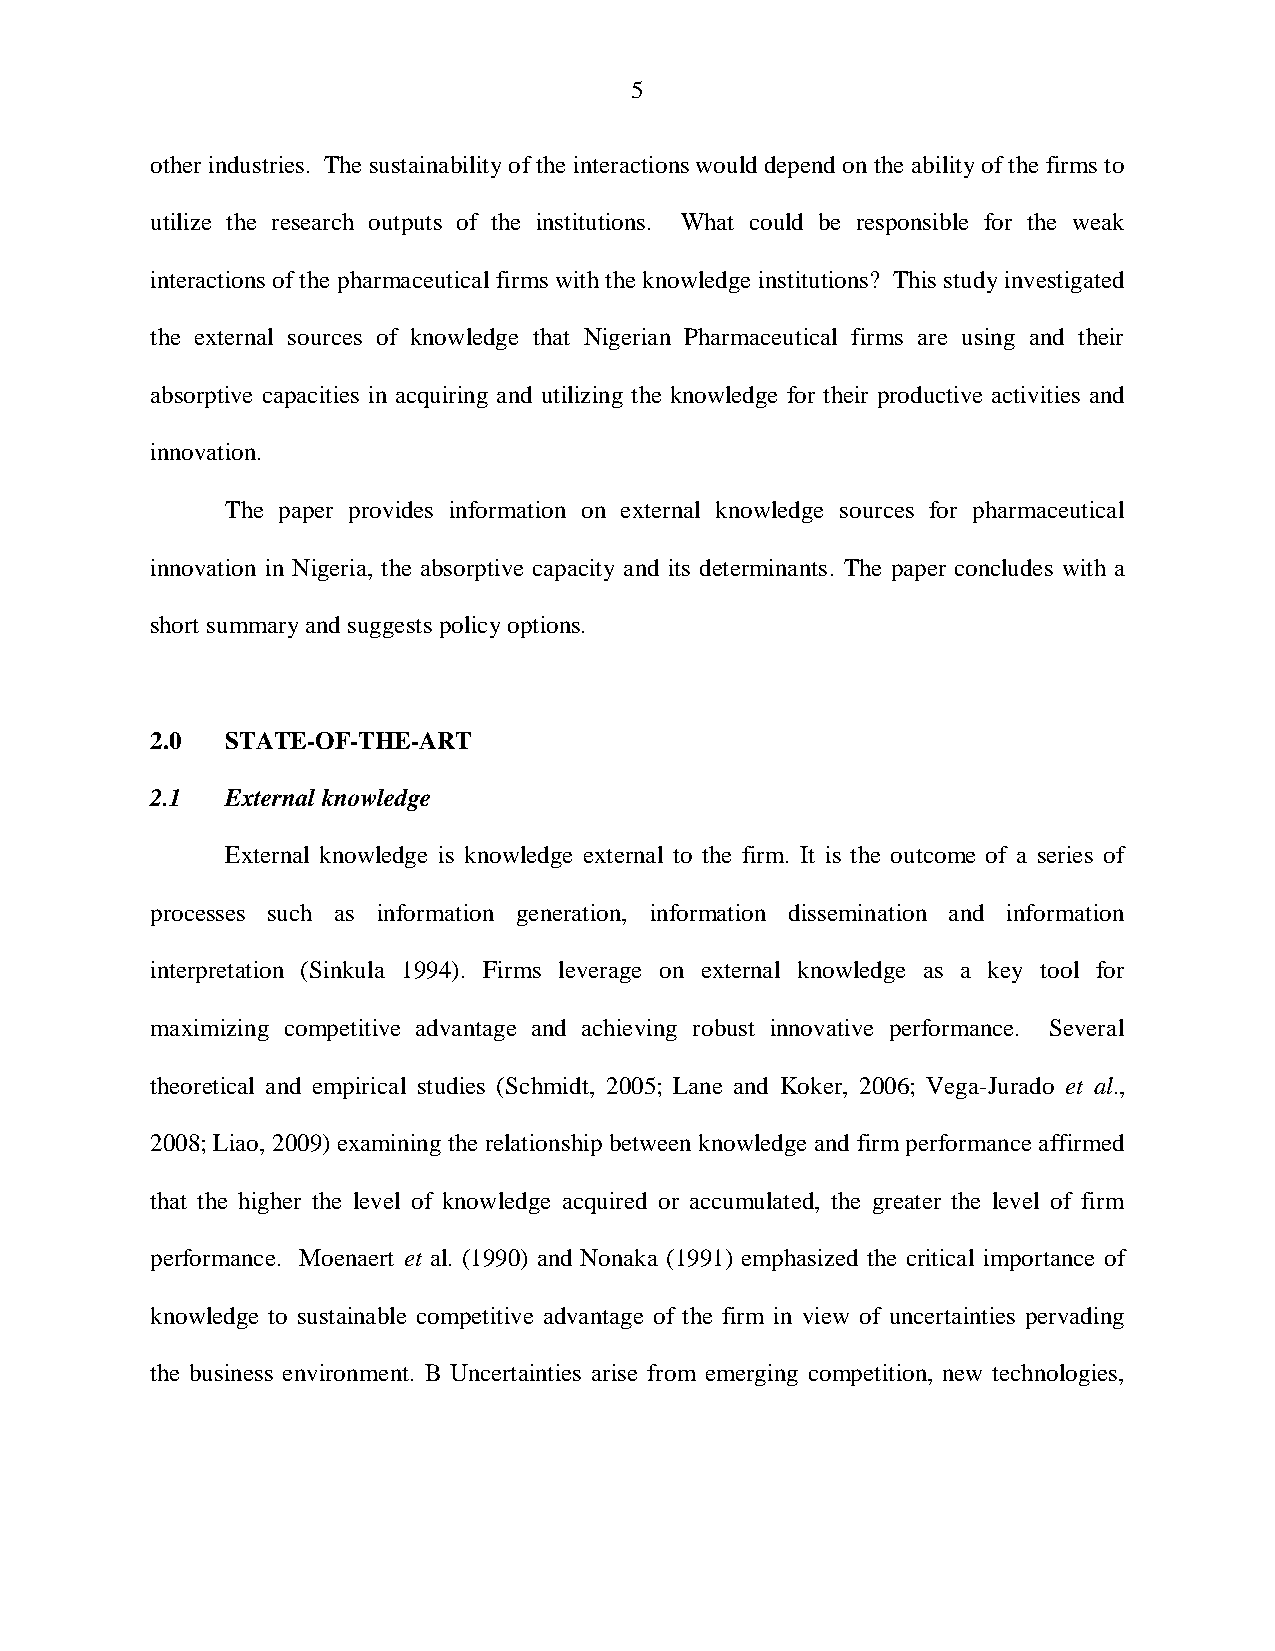
5
 other industries. The sustainability of the interactions would depend on the ability of the firms to
 utilize the research outputs of the institutions. What could be responsible for the weak
 interactions of the pharmaceutical firms with the knowledge institutions? This study investigated
 the external sources of knowledge that Nigerian Pharmaceutical firms are using and their
 absorptive capacities in acquiring and utilizing the knowledge for their productive activities and
 innovation.
 The paper provides information on external knowledge sources for pharmaceutical
 innovation in Nigeria, the absorptive capacity and its determinants. The paper concludes with a
 short summary and suggests policy options.
 2.0  STATE-OF-THE-ART
 2.1  External knowledge
 External knowledge is knowledge external to the firm. It is the outcome of a series of
 processes such as information generation, information dissemination and information
 interpretation (Sinkula 1994). Firms leverage on external knowledge as a key tool for
 maximizing competitive advantage and achieving robust innovative performance. Several
 theoretical and empirical studies (Schmidt, 2005; Lane and Koker, 2006; Vega-Jurado et al.,
 2008; Liao, 2009) examining the relationship between knowledge and firm performance affirmed
 that the higher the level of knowledge acquired or accumulated, the greater the level of firm
 performance. Moenaert et al. (1990) and Nonaka (1991) emphasized the critical importance of
 knowledge to sustainable competitive advantage of the firm in view of uncertainties pervading
 the business environment. B Uncertainties arise from emerging competition, new technologies,